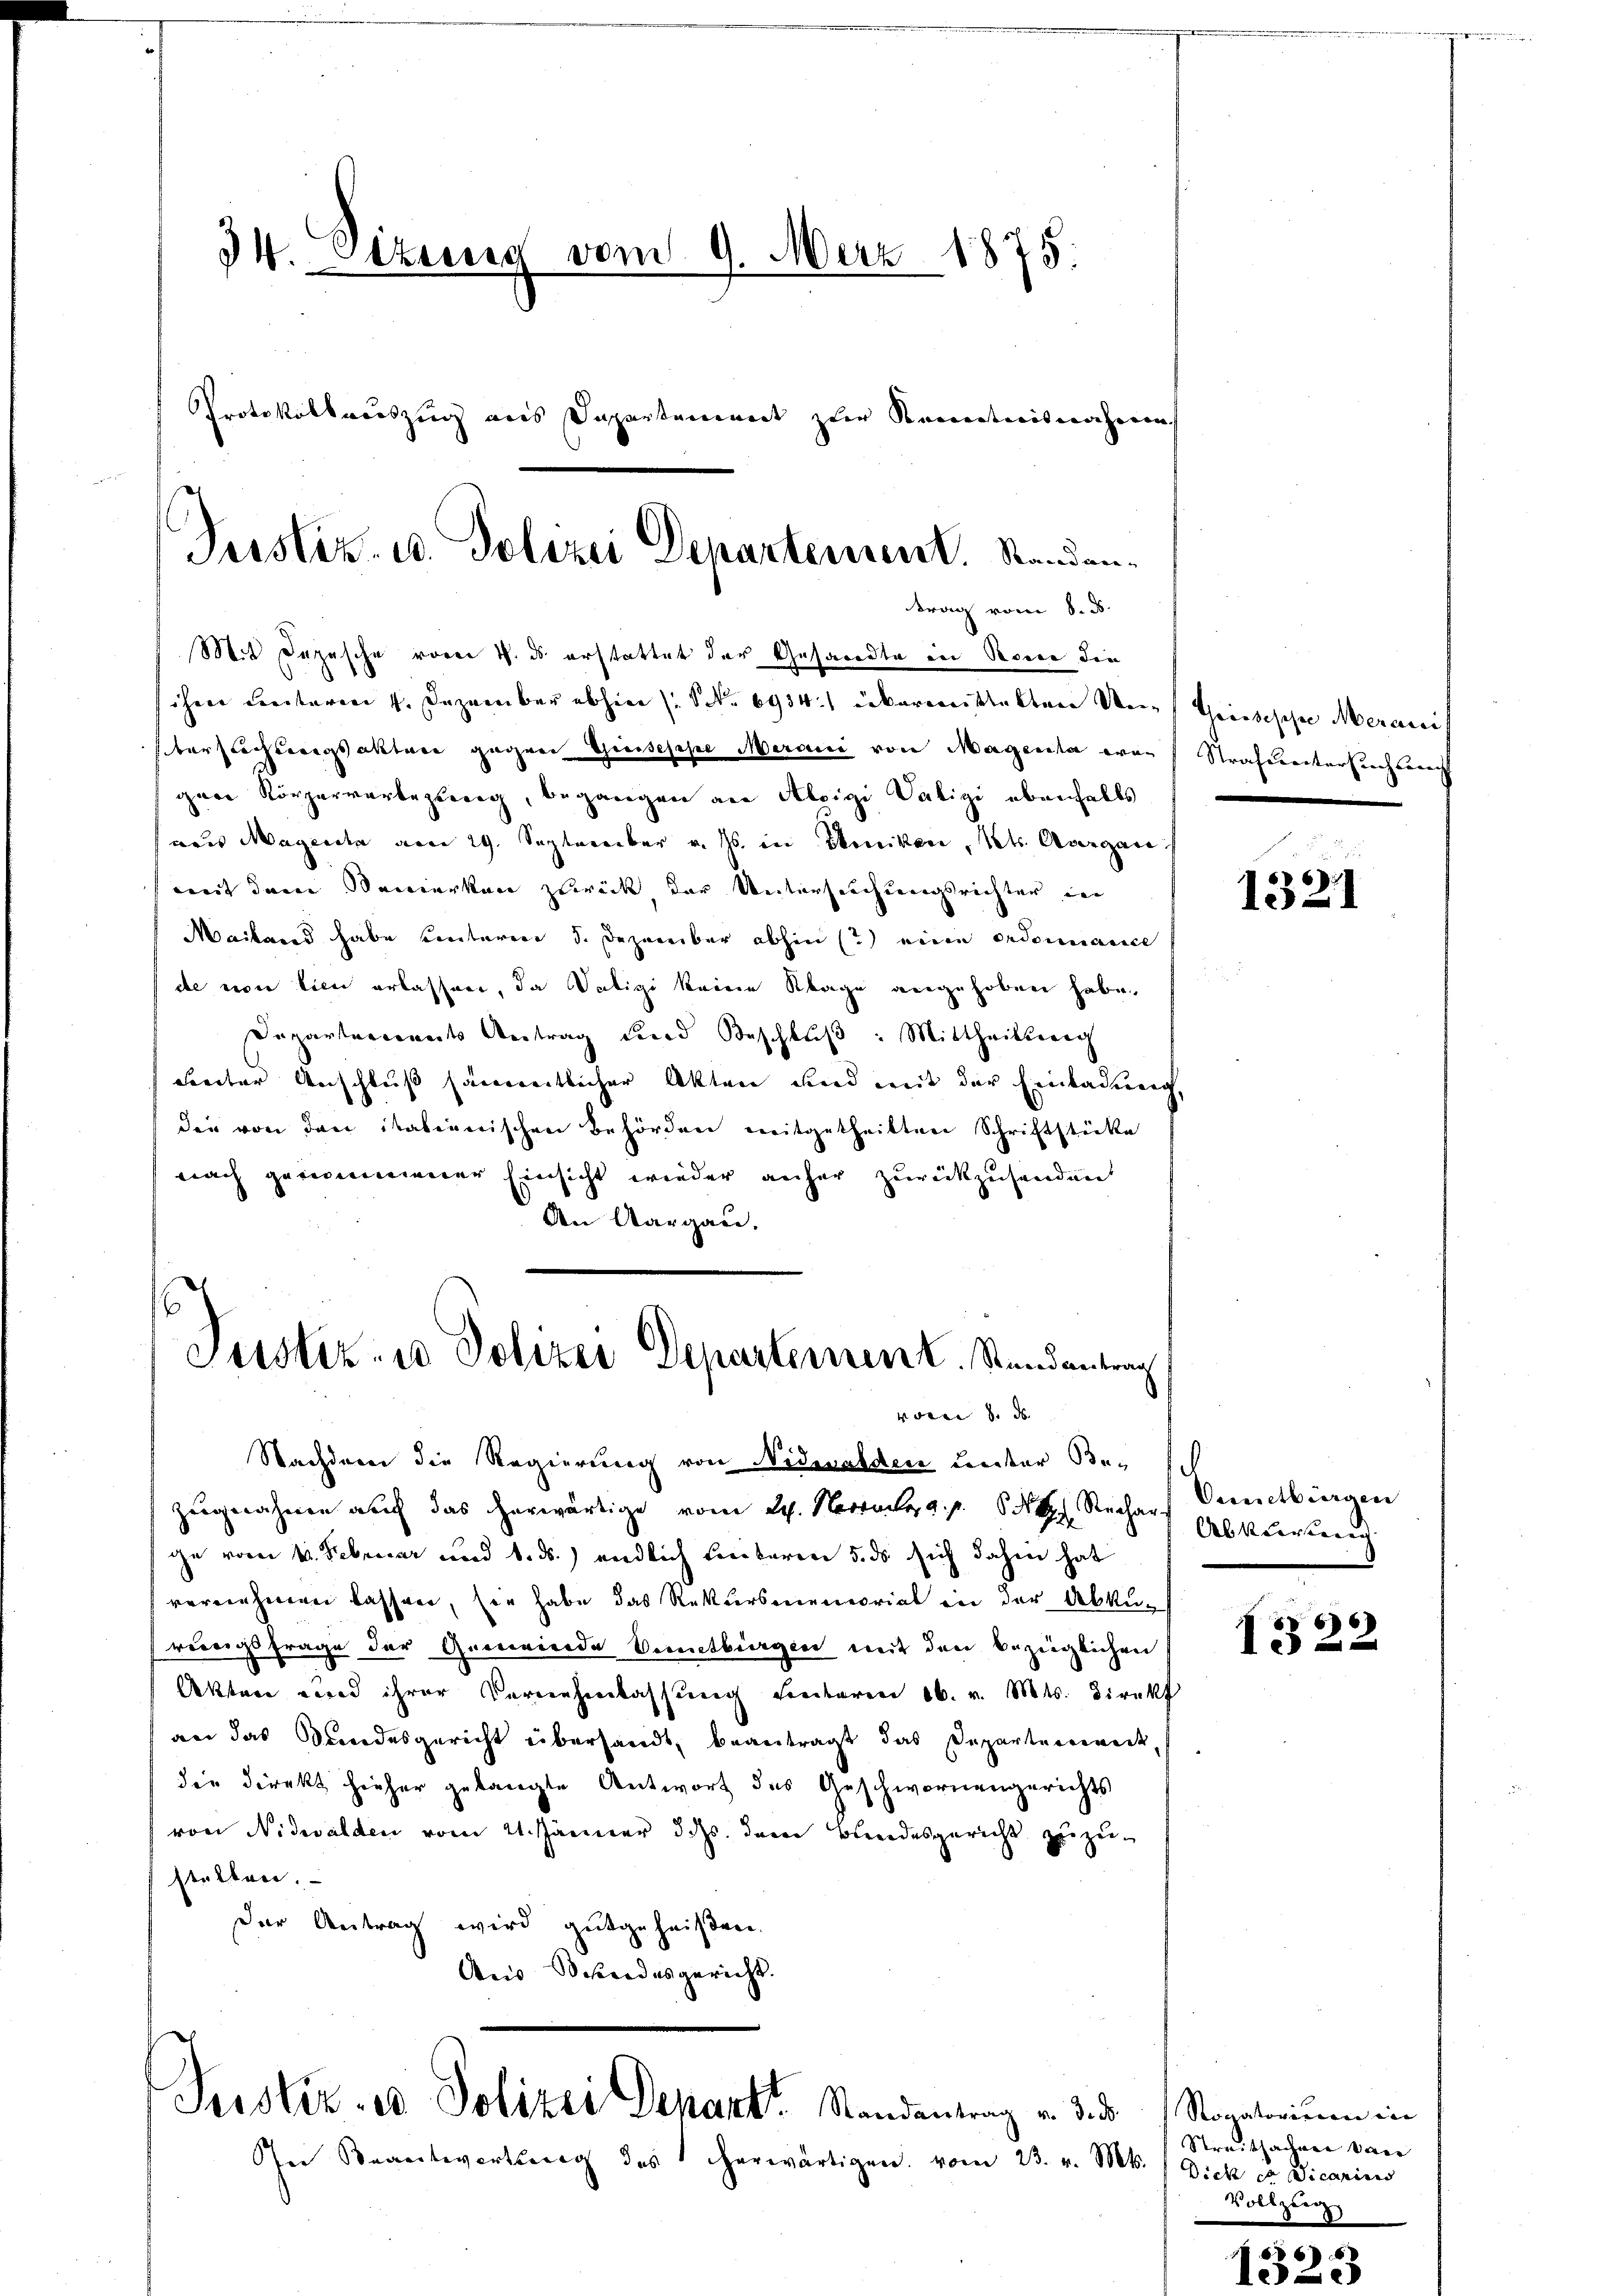
34. Sitzung vom 9. März 1875.
Protokollauszug aus Dapartement zur Kenntnisnahmen

Mit Depesche vom 4. ds erstattet der Gesandte in Rone die
ihen Freiteren 1. Dezember abhin (S. 6934 iekaronistalten Dein Geistische Meransi
berschlagsakter gegen Grieschel Meran von Magenta war
gare Körperverbezeig, begangen an Aloisi Vatigi ebenfalls
naus Magenta vom 29. September v. Js. in Moniken, Not. Overgare is
weit dem Marierkann zurück der Untersuchungsrichter in
Mailand habe einterere d. Dezember abhin (?) eine ordonnance
de von lien erlassen, da Salizi keine Klage angehoben habe.
Departemonats Antrag und Beschluß: Mittheilung
treter Anschluß sämentlicher Akten und mit der Einladung,
die von den italienischen Behörden mitgetheilten Schriftstücke
nach genommener Einsicht wieder anher zurückzusenden
Den Aargau.
s
Justiz- u Polizei Departement. Randantrag

Justiz- u. Polizei Departement. Randen.
trag vom 8. ds.

vom 8. ds

Nachdem die Regierung von Nidwalden unter Besch
Zeugenehmen auch das herwärtige vom 24. Novemberg. p. 5. Rechar
ge vom 13. Februar und 1. ds.) endlich Freikaren 5. ds sich dahin hat
vernehmen lassen, sie habe das Rekursmemorial in der Abkun
reinigsfrage der Gemeinde Vintbürgen mit den bezüglichen
Aktare und ihrer Vernehmlassung sentaren ab. v. Mts. Direkt
an das Bundesgericht übersandt, beantragt das Departement.
die Direkt hieher gelangte Antwort des Geschwornengerichts
von Nidwalden vom 21. Jänner d. Js. dem Bundesgericht zuzu-
stalten.
der Antrag wird gutgeheißen.
Auis Besondesgericht.

Justiz- u Polizei Dekant. Standentrag v. 3. d.

In Beantwortung des herwärtigen vom 23. v. Mts.

Strafreitersuch auch

1321

Onmctbirgen
Abkerung

I 22

Rogatorium in
Streitsachner vac
Dich so Vicarius
Vollzug